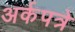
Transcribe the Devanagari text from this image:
अर्कपत्रे